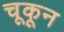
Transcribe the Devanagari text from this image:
चूकून